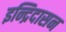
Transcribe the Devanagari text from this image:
इन्द्रिदासन